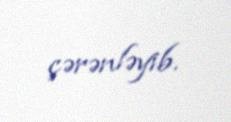
çərənləyib.